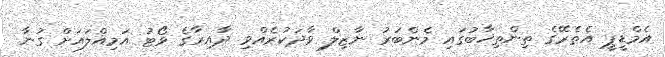
އެމްޑީޕީ އެތެރޭގެ ތިންތިޚާބުގައި މެންބަރު ނާޒިލް ވާދަކުރެއްވި ދާއިރާގެ ވޯޓު އަމިއްލައަށް ގުނާ